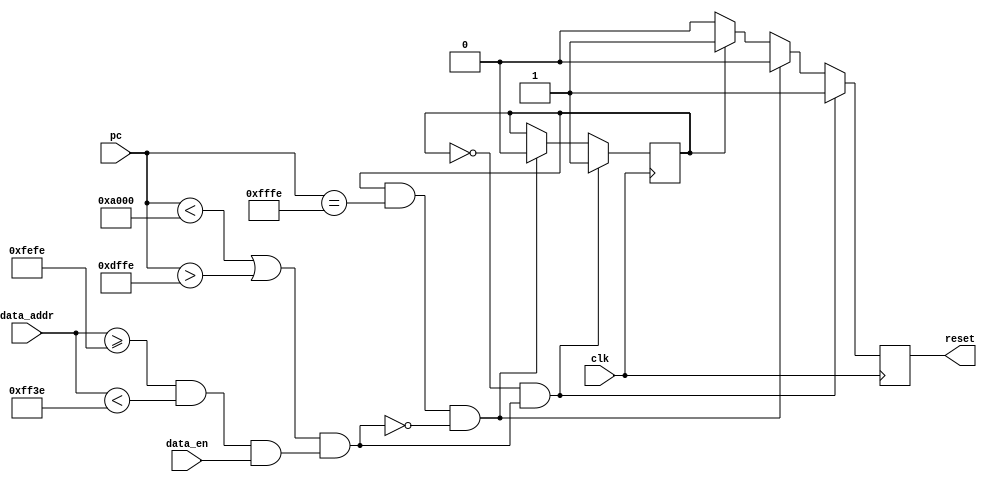

module  AC (
    clk,
    pc,
    data_addr,
    data_en,
    //pc_en,

    reset,
);

input		clk;
input   [15:0]  pc;
//input		pc_en;
input   [15:0]  data_addr;
input           data_en;
output          reset;

// MACROS ///////////////////////////////////////////
parameter SMEM_BASE = 16'hA000;
parameter SMEM_SIZE = 16'h4000;
//
parameter KMEM_BASE = 16'hFEFE;
parameter KMEM_SIZE = 16'h0040;
/////////////////////////////////////////////////////



parameter LAST_SMEM_ADDR = SMEM_BASE + SMEM_SIZE - 2;

parameter RESET_HANDLER = 16'hfffe;
parameter RUN  = 1'b0, KILL = 1'b1;
//-------------Internal Variables---------------------------
reg             state;
reg             key_res;
//

initial
    begin
        state = KILL;
        key_res = 1'b1;
    end

wire is_mid_rom = pc > SMEM_BASE && pc < LAST_SMEM_ADDR;
wire is_first_rom = pc == SMEM_BASE;
wire is_last_rom = pc == LAST_SMEM_ADDR;
wire is_in_rom = is_mid_rom | is_first_rom | is_last_rom;
wire is_outside_rom = pc < SMEM_BASE | pc > LAST_SMEM_ADDR;

wire access_key = (data_addr >= KMEM_BASE && data_addr < KMEM_BASE + KMEM_SIZE) && data_en;
wire invalid_access_key = is_outside_rom && access_key;

always @(posedge clk)
if( state == RUN && invalid_access_key) 
    state <= KILL;
else if (state == KILL && pc == RESET_HANDLER && !invalid_access_key)
    state <= RUN;
else state <= state;

always @(posedge clk)
if (state == RUN && invalid_access_key)
    key_res <= 1'b1;
else if (state == KILL && pc == RESET_HANDLER && !invalid_access_key)
    key_res <= 1'b0;
else if (state == KILL)
    key_res <= 1'b1;
else if (state == RUN)
    key_res <= 1'b0;
else key_res <= 1'b0;

assign reset = key_res;

endmodule